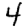
Digit: 4